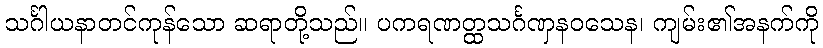
သင်္ဂါယနာတင်ကုန်သော ဆရာတို့သည်။ ပကရဏတ္ထသင်္ဂဏှနဝသေန၊ ကျမ်း၏အနက်ကို